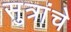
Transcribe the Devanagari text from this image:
सुत्रांचे